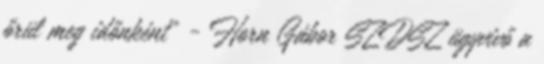
őrül meg időnként" - Horn Gábor SZDSZ ügyvivő a